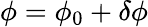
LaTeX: \phi=\phi_{0}+\delta{\phi}